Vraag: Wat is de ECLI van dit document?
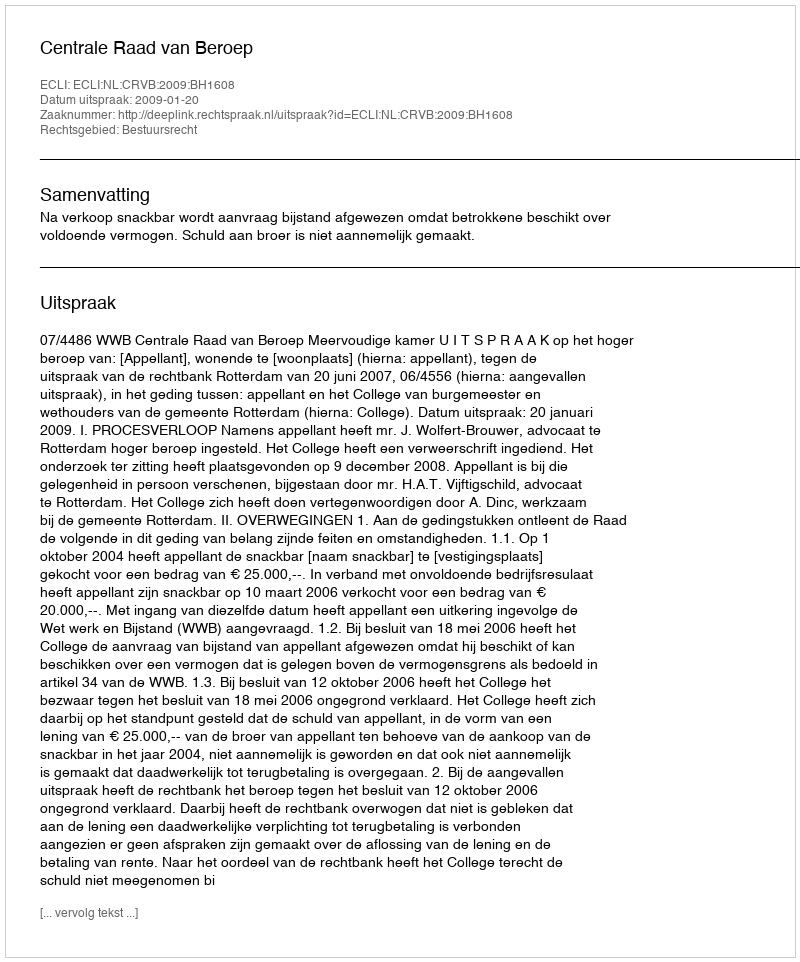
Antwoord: ECLI:NL:CRVB:2009:BH1608